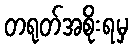
တရုတ်အစိုးရမှ